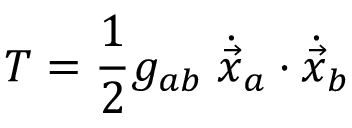
T = \frac { 1 } { 2 } g _ { a b } \; \dot { \vec { x } } _ { a } \cdot \dot { \vec { x } } _ { b }